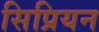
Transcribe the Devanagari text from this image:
सिप्रियन